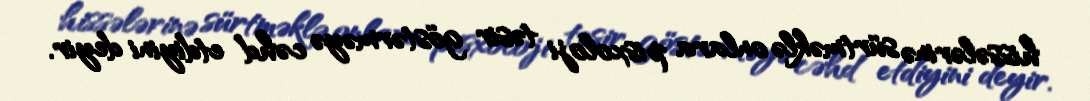
hissələrinə sürtməklə onlara pisxoloji təsir göstərməyə cəhd etdiyini deyir.